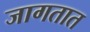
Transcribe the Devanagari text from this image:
जागतात